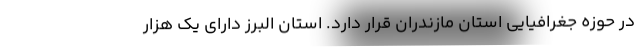
در حوزه جغرافیایی استان مازندران قرار دارد. استان البرز دارای یک هزار